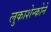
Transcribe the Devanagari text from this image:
लुकाशेन्कोने